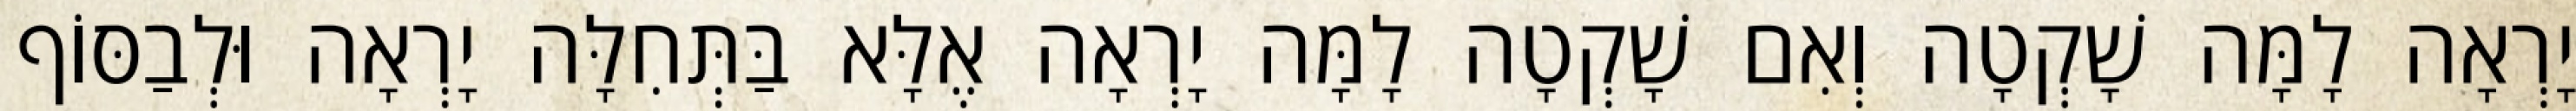
יָרְאָה לָמָּה שָׁקְטָה וְאִם שָׁקְטָה לָמָּה יָרְאָה אֶלָּא בַּתְּחִלָּה יָרְאָה וּלְבַסּוֹף